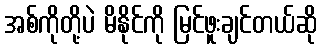
အစ်ကိုတို့ပဲ မိနိုင်ကို မြင်ဖူးချင်တယ်ဆို